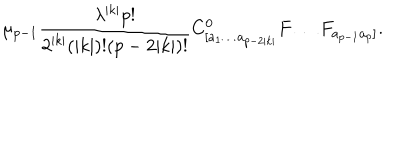
\mu _ { p - 1 } \frac { \lambda ^ { | k | } p ! } { 2 ^ { | k | } ( | k | ) ! ( p - 2 | k | ) ! } C _ { [ a _ { 1 } \ldots a _ { p - 2 | k | } } ^ { 0 } F \ldots F _ { a _ { p - 1 } a _ { p } ] } .